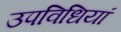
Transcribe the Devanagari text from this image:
उपविधियां